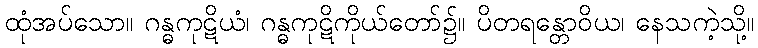
ထုံအပ်သော။ ဂန္ဓကုဋိယံ၊ ဂန္ဓကုဋိကိုယ်တော်၌။ ပိတရန္တောဝိယ၊ နေသကဲ့သို့။